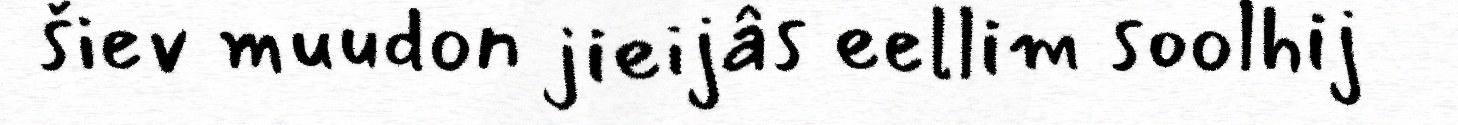
šiev muudon jieijâs eellim soolhij